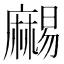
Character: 𪎥